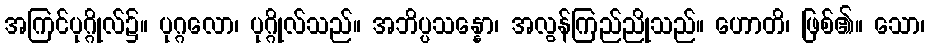
အကြင်ပုဂ္ဂိုလ်၌။ ပုဂ္ဂလော၊ ပုဂ္ဂိုလ်သည်။ အဘိပ္ပသန္နော၊ အလွန်ကြည်ညိုသည်။ ဟောတိ၊ ဖြစ်၏။ သော၊